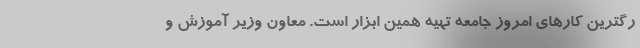
رگترین کارهای امروز جامعه تهیه همین ابزار است. معاون وزیر آموزش و